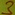
Text: 3